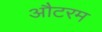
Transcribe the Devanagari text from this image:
औटरम